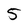
Character: 5